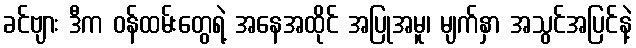
ခင်ဗျား ဒီက ဝန်ထမ်းတွေရဲ့ အနေအထိုင် အပြုအမူ၊ မျက်နှာ အသွင်အပြင်နဲ့